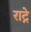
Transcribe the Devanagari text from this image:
राट्रे